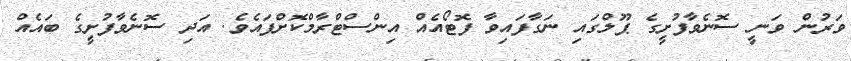
ވަރުން ވަނީ ސޮނެވާފުށީގެ ޕޫލްގައި ނަގާފައިވާ ފޮޓޯއެއް އިންސްޓްރާމްކޮށްފައެވެ. އަދި ސޮނެވާފުށީގެ ބައެއް